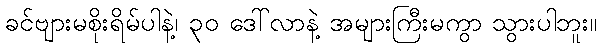
ခင်ဗျားမစိုးရိမ်ပါနဲ့၊ ၃၀ ဒေါ်လာနဲ့ အများကြီးမကွာ သွားပါဘူး။